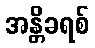
အန္တိခရစ်